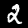
Label: 2